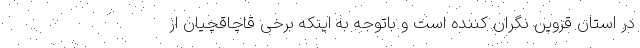
در استان قزوین نگران کننده است و باتوجه به اینکه برخی قاچاقچیان از